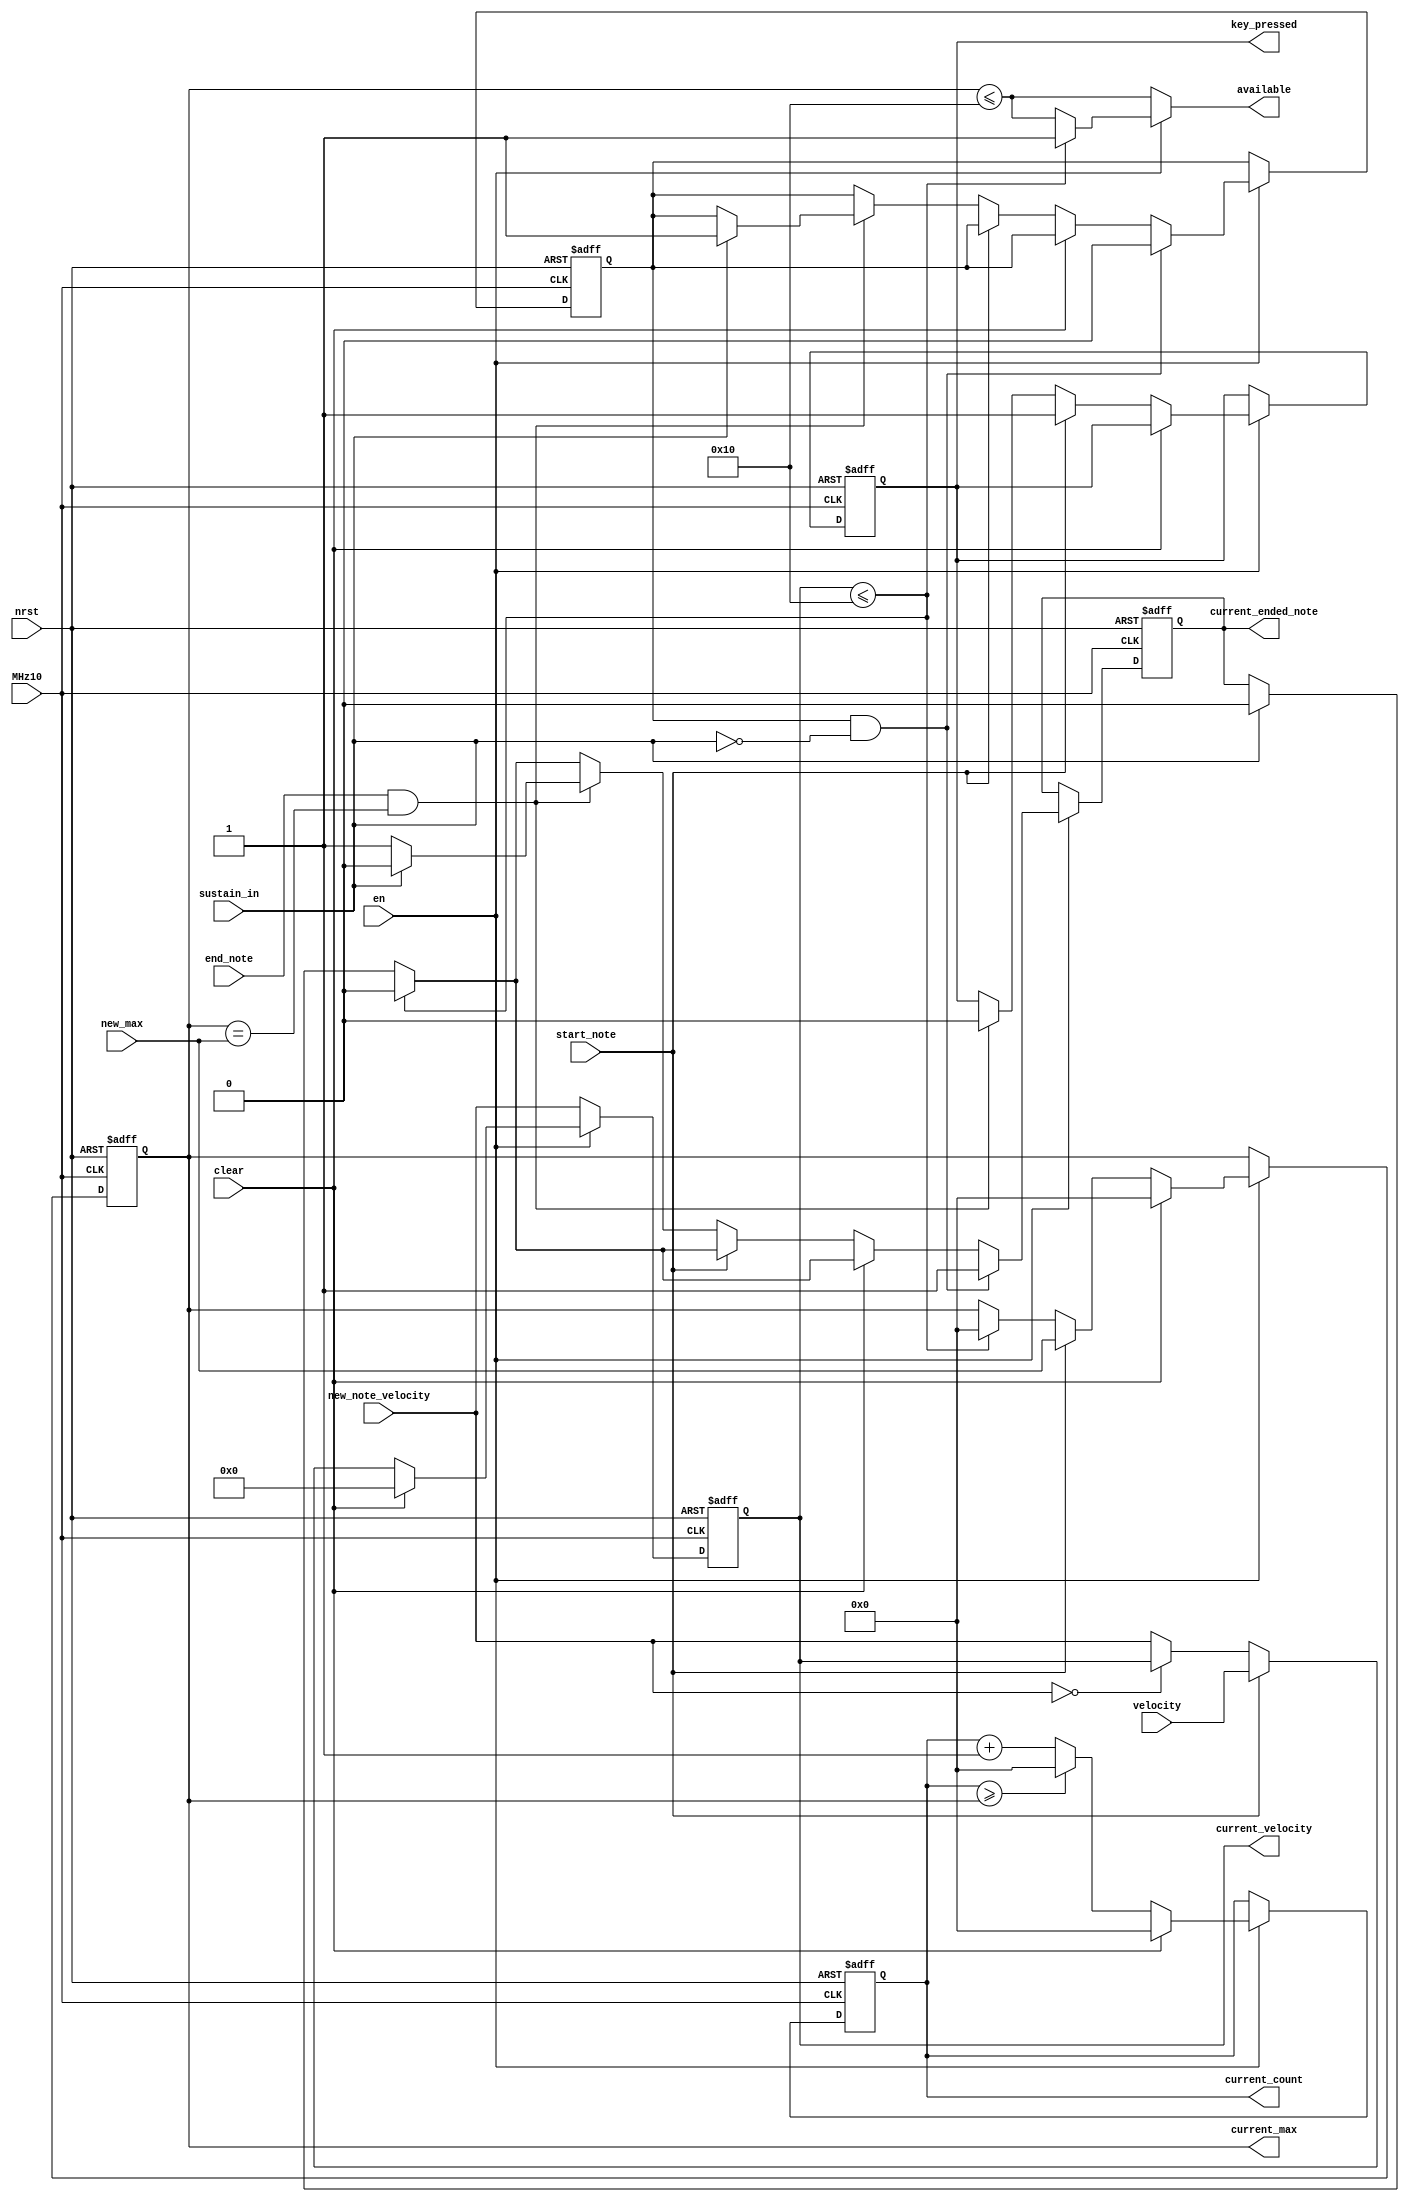
`default_nettype none
module saw_counter (
	MHz10,
	nrst,
	en,
	clear,
	start_note,
	end_note,
	sustain_in,
	new_max,
	velocity,
	new_note_velocity,
	current_velocity,
	current_max,
	current_count,
	available,
	current_ended_note,
	key_pressed
);
	reg _sv2v_0;
	input wire MHz10;
	input wire nrst;
	input wire en;
	input wire clear;
	input wire start_note;
	input wire end_note;
	input wire sustain_in;
	input wire [19:0] new_max;
	input wire [6:0] velocity;
	input wire [6:0] new_note_velocity;
	output reg [6:0] current_velocity;
	output reg [19:0] current_max;
	output reg [19:0] current_count;
	output reg available;
	output reg current_ended_note;
	output reg key_pressed;
	reg next_key_pressed;
	reg [19:0] next_max;
	reg [19:0] next_count;
	reg [6:0] next_velocity;
	reg current_sustaining;
	reg next_sustaining;
	reg ended_note;
	always @(posedge MHz10 or negedge nrst)
		if (!nrst) begin
			current_max <= 0;
			current_velocity <= 0;
			current_sustaining <= 0;
			key_pressed <= 0;
		end
		else begin
			current_max <= next_max;
			current_velocity <= next_velocity;
			current_sustaining <= next_sustaining;
			key_pressed <= next_key_pressed;
		end
	always @(posedge MHz10 or negedge nrst)
		if (~nrst)
			current_ended_note <= 0;
		else
			current_ended_note <= ended_note;
	always @(*) begin
		if (_sv2v_0)
			;
		next_max = current_max;
		next_sustaining = current_sustaining;
		available = current_max <= 'd16;
		ended_note = current_ended_note;
		next_key_pressed = key_pressed;
		next_velocity = new_note_velocity;
		if (en) begin
			if (sustain_in)
				ended_note = 0;
			if (current_velocity <= 'd16) begin
				available = 1;
				ended_note = 0;
				next_max = 0;
			end
			if (new_note_velocity == 0)
				next_velocity = current_velocity;
			if (clear) begin
				next_max = 0;
				next_velocity = 0;
			end
			else if (start_note) begin
				next_max = new_max;
				next_velocity = velocity;
				next_key_pressed = 1;
			end
			else if (end_note && (current_max == new_max)) begin
				next_key_pressed = 0;
				if (sustain_in) begin
					next_sustaining = 1;
					ended_note = 0;
				end
				else
					ended_note = 1;
			end
			if (current_sustaining && !sustain_in) begin
				next_sustaining = 0;
				ended_note = 1;
			end
		end
	end
	always @(posedge MHz10 or negedge nrst)
		if (!nrst)
			current_count <= 0;
		else
			current_count <= next_count;
	always @(*) begin
		if (_sv2v_0)
			;
		next_count = current_count;
		if (en) begin
			if (clear)
				next_count = 0;
			else begin
				next_count = current_count + 1;
				if (current_count >= current_max)
					next_count = 0;
			end
		end
	end
	initial _sv2v_0 = 0;
endmodule